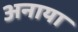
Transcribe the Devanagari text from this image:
अनाया